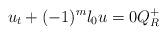
LaTeX: \begin{align*}u_t+(-1)^m\l_0 u=0 Q_R^+ \end{align*}